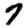
Digit: 7